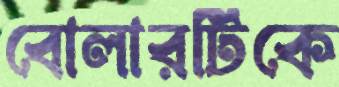
বোলারটিকে